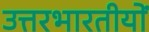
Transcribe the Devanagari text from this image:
उत्तरभारतीयों